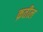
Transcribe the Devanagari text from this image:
क़तील